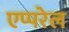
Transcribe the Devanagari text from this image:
एप्परेल